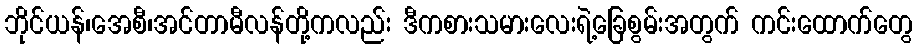
ဘိုင်ယန်၊အေစီ၊အင်တာမီလန်တို့ကလည်း ဒီကစားသမားလေးရဲ့ခြေစွမ်းအတွက် ကင်းထောက်တွေ